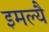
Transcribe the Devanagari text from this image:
इमल्यै